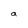
Character: a